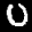
Label: 0